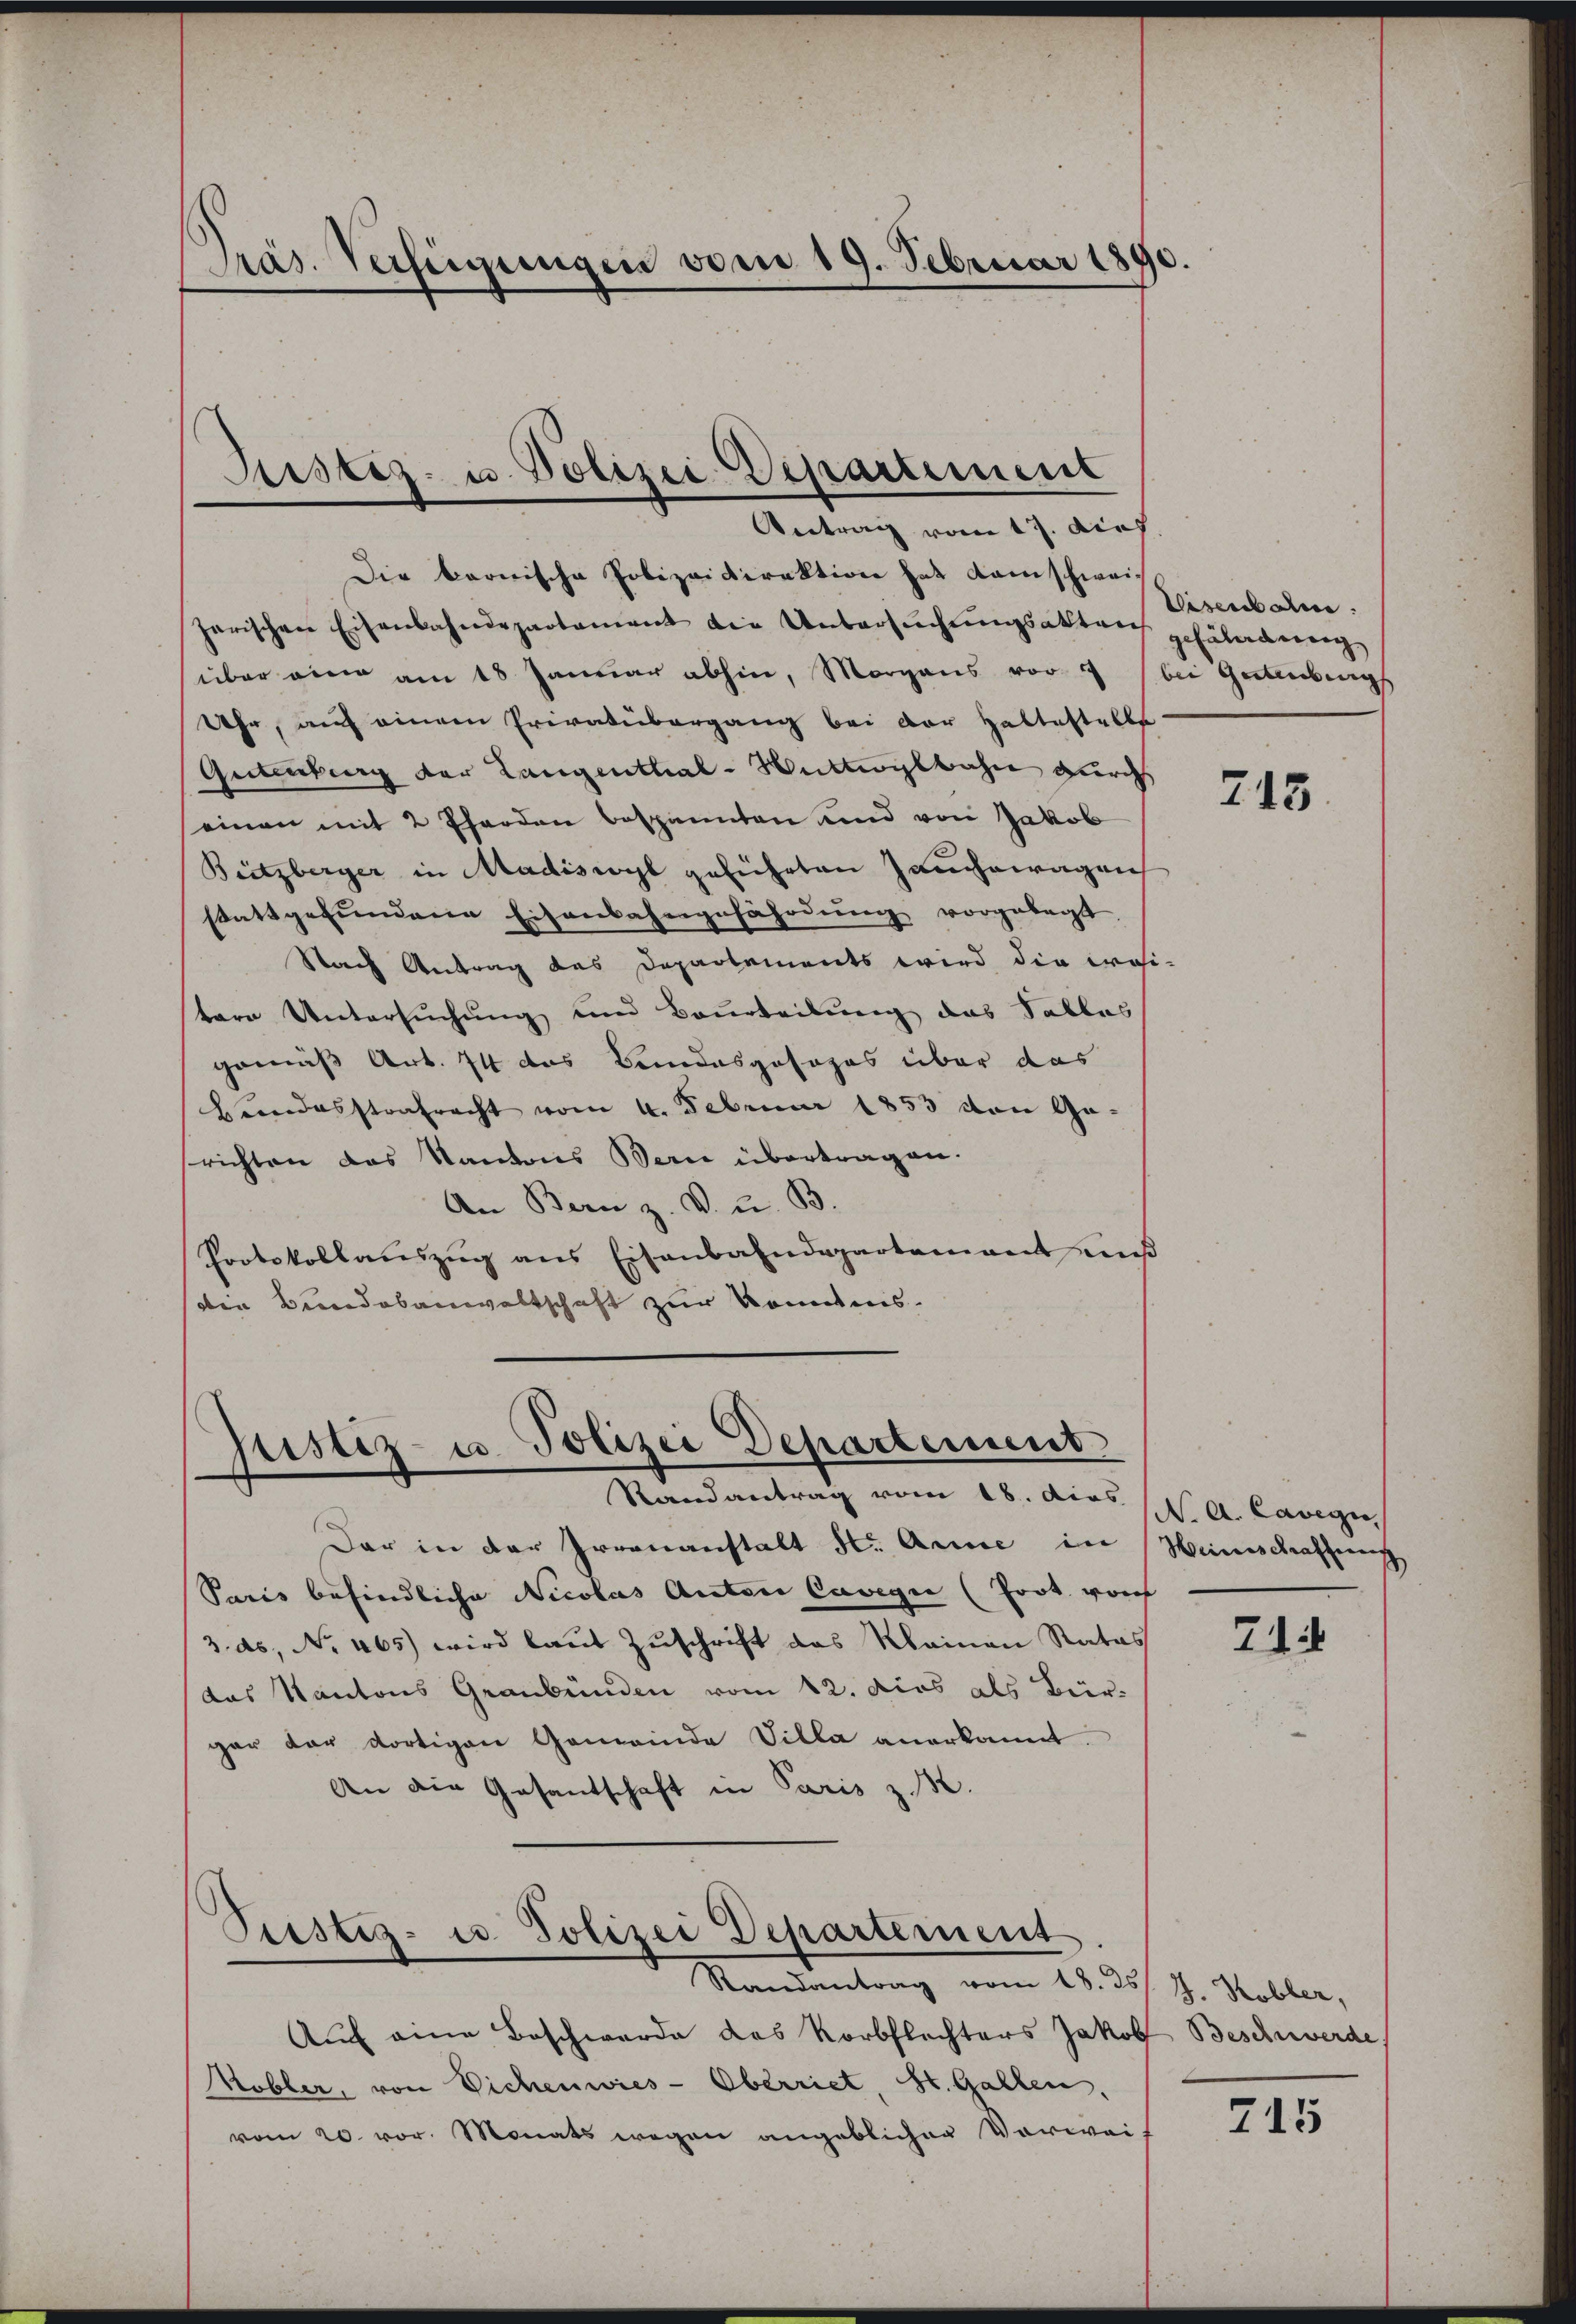
Präs. Verfügungen vom 19. Februar 1890.

Justiz- u. Polizei Departement
Antrag vom 17. dies

Die bernische Polizeidirektion hat kamschweiharischen Eisenbahndepartament die Untersŭchŭngsakteich gefährden,
über ein am 18 Januar abhin, Morgens vor 7 bei Gestenburg
Uhr, auf einem Privatubergang bei der Haltestelle
Gutenburg der Langenthal-Mittelbahn durch
einen mit 2 Pferden bespannten und von Jakob
Bützberger in Madiswyl geführten Jauchowagen
stattgefŭndene Eisenbahngefährdŭng vorgelegt
Nach Antrag des Departements wird die posi-
tere Untersuchung und Beurteilung das Falles
gemäß Art. 74 das Bandesgosogos über das
Handesstrafrecht vom 4. Februar 1853 von Ge-
richten das Kantons Bern übertragen.
An Bern z. V. u. B.
Protokollaŭszŭg ans Eisenbahndepartement muß
die Bindebanwaltschaft zur konntens.

Justiz- u. Polizei Departement
Randantrag vom 18. dies

Dar in der Irrenanstalt Hr. Arne in
Paris befindliche Nicolas Anton Cavegii (Prot. vorh
/3. ds. No 465) wird laut Zuschrift das Meinen Rates
das Kantons Graubünden vom 12. dies als Bürgar der dortigen Gemeinde Villa anerkannt.
An die Gesandschaft in Paris z. B.

Peistig- u Polizei Departement
Randantrag vom 18. ds J. Kobler,

Auf eine Beschwerde das Korbflechters Jakob Beschwerde.
Kobler, von Eichenwies-Oberriet, St. Gallen,
vom 20. vor. Monats wegen angeblichen Vorwei¬

Eisenbahn.

213.

N. A. Cavegi
Heinschaffung

714

715